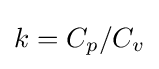
k=C_{p}/C_{v}